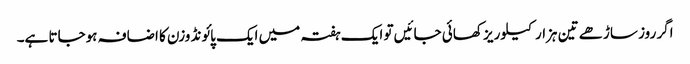
اگر روز ساڑھے تین ہزار کیلوریز کھائی جائیں تو ایک ہفتہ میں ایک پائونڈ وزن کا اضافہ ہوجاتا ہے۔